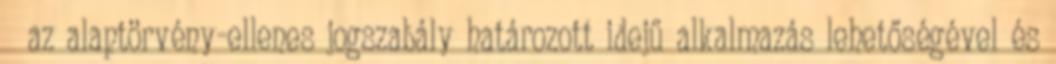
az alaptörvény-ellenes jogszabály határozott idejű alkalmazás lehetőségével és